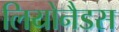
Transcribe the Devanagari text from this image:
लियोनैडस